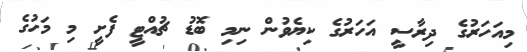
މިއަހަރުގެ ދިރާސީ އަހަރުގެ ކިޔެވުން ނިމި ބޮޑު ޗުއްޓީ ފެށީ މި މަހުގެ